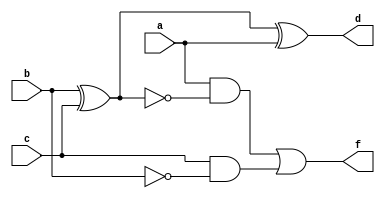
module comb (
    input wire a, b, c,
    output wire d, f
    );

    wire x1, x2, x3;

    assign x1 = b ^ c;
    assign d = x1 ^ a;
    assign x2 = c & (~b);
    assign x3 = a & (~x1);
    assign f = x3 | x2;

endmodule